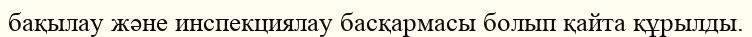
бақылау және инспекциялау басқармасы болып қайта құрылды.